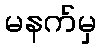
မနက်မှ